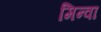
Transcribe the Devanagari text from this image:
मिन्वा